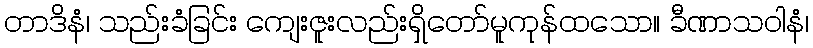
တာဒိနံ၊ သည်းခံခြင်း ကျေးဇူးလည်းရှိတော်မူကုန်ထသော။ ခီဏာသဝါနံ၊